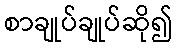
စာချုပ်ချုပ်ဆို၍